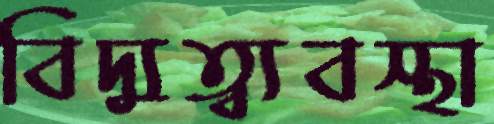
বিদ্যুত্ব্যবস্থা